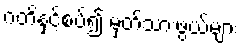
ဂတိနှင့်စပ်၍ မှတ်သားဖွယ်များ